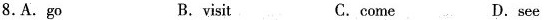
8.A.Go B.visit C.come D.see